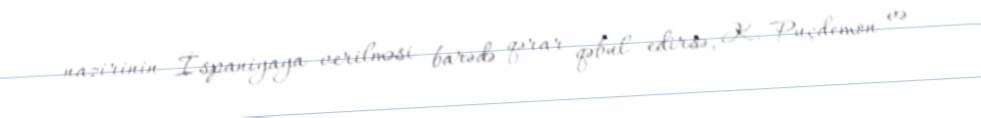
nazirinin İspaniyaya verilməsi barədə qərar qəbul edirsə, K. Puçdemon və